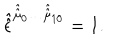
LaTeX: \hat { \hat { \epsilon } } ^ { \hat { \hat { \mu } } _ { 0 } \ldots \hat { \hat { \mu } } _ { 1 0 } } = 1 .